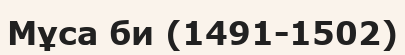
Мұса би (1491-1502)